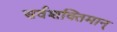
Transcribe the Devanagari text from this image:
सर्वशक्‍तिमान्